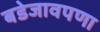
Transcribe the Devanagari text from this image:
बडेजावपणा